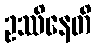
ဥဿိနေတိ